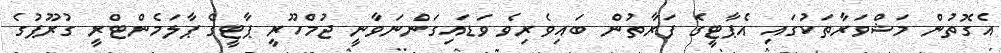
އެގޮތުން މަޝްވަރާތަކުގައި އެޕާޓީގެ ފަރާތުން ބައިވެރިވެ ވަޑައިގަންނަވާނީ ޖުމްހޫރީ ޕާޓީގެ ޕާލަމެންޓްރީ ގުރޫޕުގެ